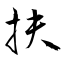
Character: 扶